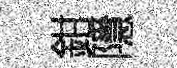
鉗隱